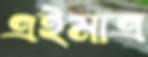
এইমাত্র